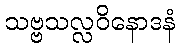
သဗ္ဗသလ္လဝိနောဒနံ